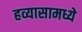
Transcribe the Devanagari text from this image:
हव्यासामध्ये